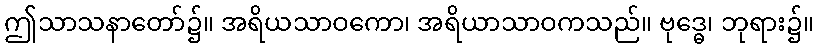
ဤသာသနာတော်၌။ အရိယသာဝကော၊ အရိယာသာဝကသည်။ ဗုဒ္ဓေ၊ ဘုရား၌။